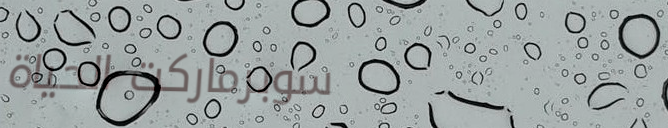
سوبرماركت الحياة